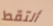
ألتقط